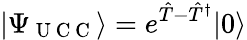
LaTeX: |\Psi_{\mathrm{~U~C~C~}}\rangle=e^{\hat{T}-\hat{T}^{\dagger}}|0\rangle